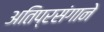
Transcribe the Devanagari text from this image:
अतिप्रसंगाने